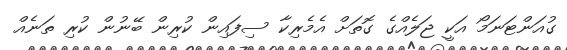
ގުއަންޓަނަމޯ އަކީ ޖަލެއްގެ ގޮތަށް އެމެރިކާ ސިފައިން ކުރިން ބޭނުން ކުރި ތަނެއްް